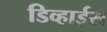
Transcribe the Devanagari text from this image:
डिव्हाईस